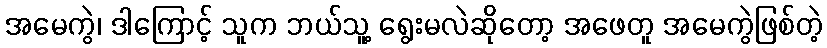
အမေကွဲ၊ ဒါကြောင့် သူက ဘယ်သူ့ ရွေးမလဲဆိုတော့ အဖေတူ အမေကွဲဖြစ်တဲ့